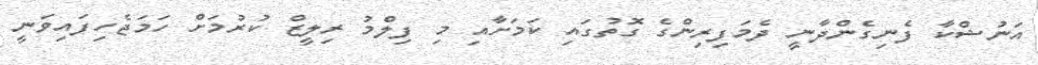
އަނުޝްކާ ފެނިގެންދާނީ ދެމަފިރިންގެ ގޮތުގައި ކަމަށާއި މި ފިލްމު ރިލީޒް ކުރުމަށް ހަމަޖެހިފައިވަނީ